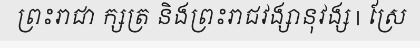
ព្រះរាជា ក្សត្រ និងព្រះរាជវង្សានុវង្ស | ស្រែ